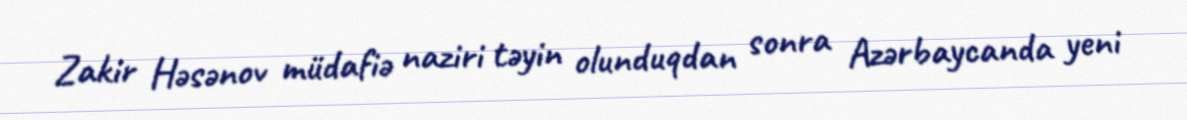
Zakir Həsənov müdafiə naziri təyin olunduqdan sonra Azərbaycanda yeni